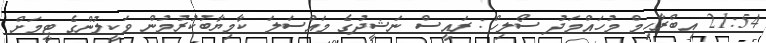
21:54 އިބްރާހިމް މުހައްމަދު ސޯލިހް: ރައީސް ނަޝީދުގެ މައްސަލަ ކާމިޔާބުކުރުމުން ވަކީލުންގެ ޓީމަށް